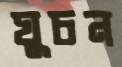
ঘুচন